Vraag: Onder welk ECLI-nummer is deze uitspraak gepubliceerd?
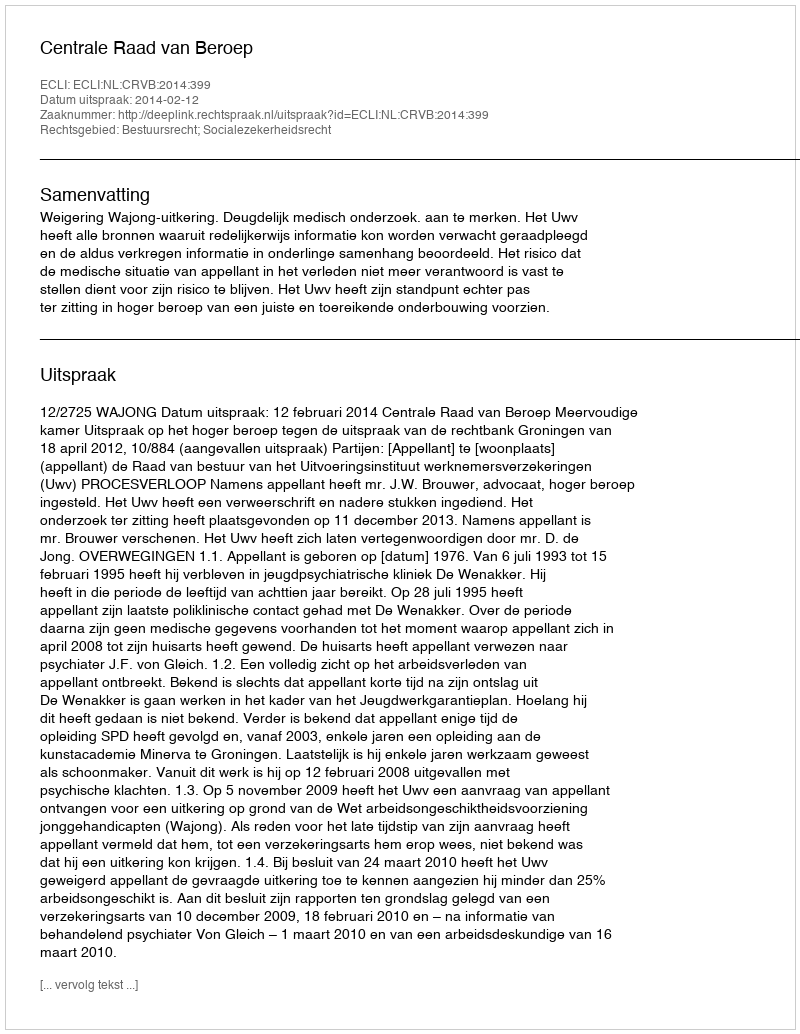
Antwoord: ECLI:NL:CRVB:2014:399